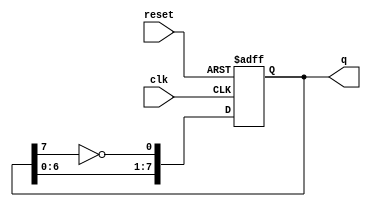
module johnson_counter (
    input wire clk,          // Clock input
    input wire reset,        // Asynchronous reset
    output reg [7:0] q       // 8-bit output
);

// Sequential logic for the Johnson counter
always @(posedge clk or posedge reset) begin
    if (reset) begin
        q <= 8'b00000000;   // Initialize to 00000000 on reset
    end else begin
        q[0] <= ~q[7];      // D0 = NOT Q7
        q[1] <= q[0];       // D1 = Q0
        q[2] <= q[1];       // D2 = Q1
        q[3] <= q[2];       // D3 = Q2
        q[4] <= q[3];       // D4 = Q3
        q[5] <= q[4];       // D5 = Q4
        q[6] <= q[5];       // D6 = Q5
        q[7] <= q[6];       // D7 = Q6
    end
end

endmodule